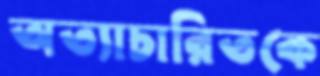
অত্যাচারিতকে